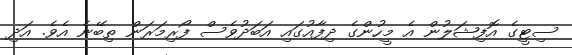
ސިޓީގެ އޮފިޝަލުން އެ މީހުންގެ ދިފާއުގައި އަބަދުވެސް ފޯރިމަރަން ތިބޭނެ އެވެ. އަދި